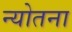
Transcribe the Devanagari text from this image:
न्योतना